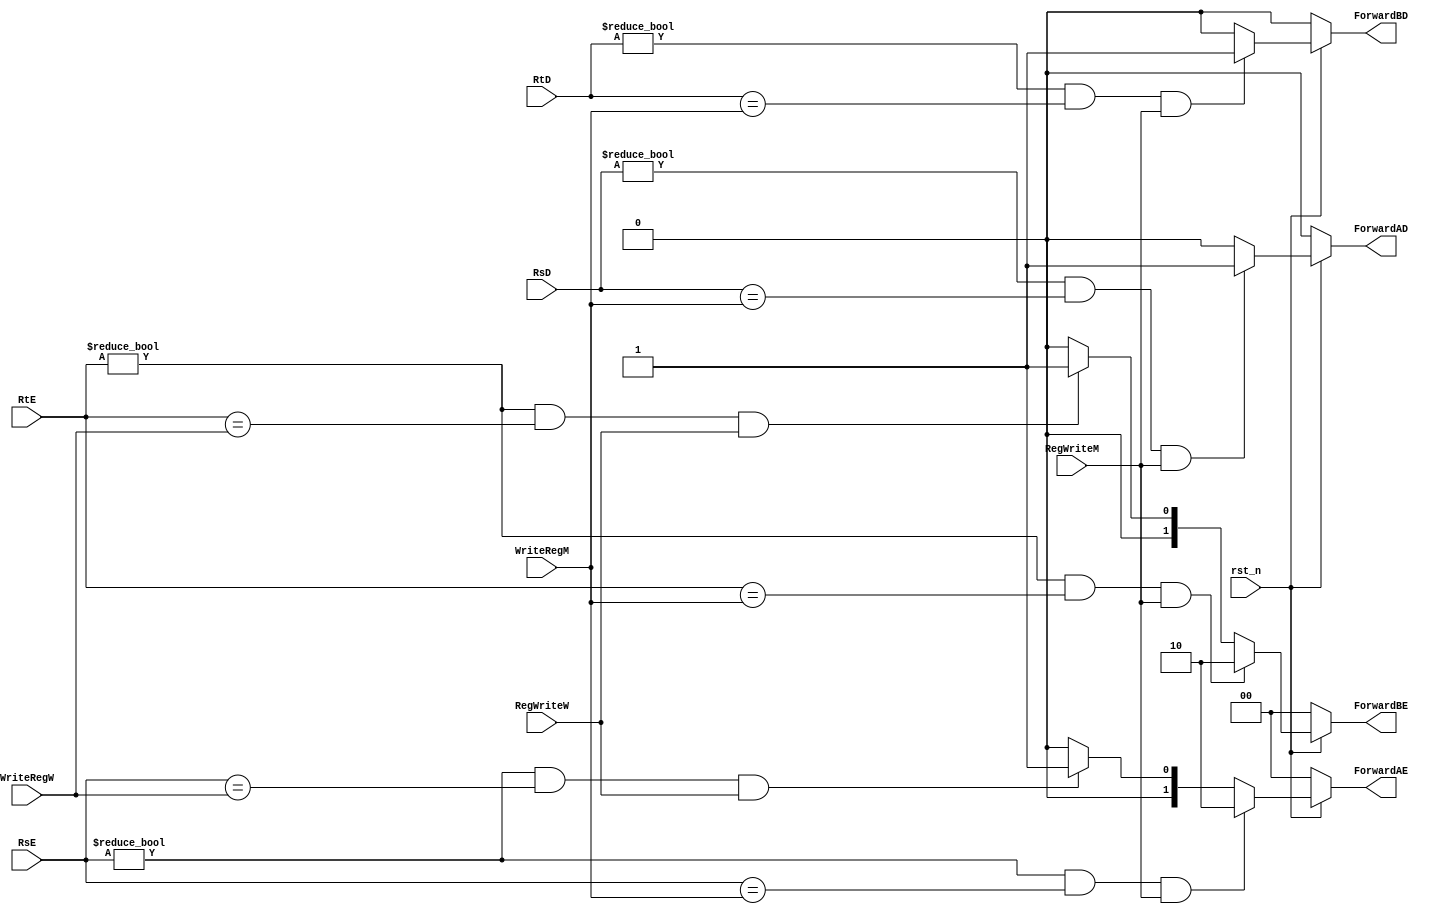
/*

	File name    : Forward_Unit
	LastEditors  : H
	LastEditTime : 2021-11-04 01:08:44
	Last Version : 1.0
	Description  : Handle data hazard (Bypass)
	
	----------------------------------------------------------------------------------------
	
	Author       : H
	Date         : 2021-11-04 01:08:42
	FilePath     : \MIPS_Pipeline\Forward_Unit.v
	Copyright 2021 H, All Rights Reserved. 

*/
module Forward_Unit(
    // System Clock
    input        rst_n,                 // reset

    // User Interface
    input       [4:0]   RsE,            // input is 5 bits
    input       [4:0]   RtE,            // input is 5 bits
    input       [4:0]   RsD,            // input is 5 bits
    input       [4:0]   RtD,            // input is 5 bits
    input       [4:0]   WriteRegM,      // input is 5 bits
    input       [4:0]   WriteRegW,      // input is 5 bits
    input               RegWriteM,
    input               RegWriteW,

    output  reg [1:0]   ForwardAE,      // output is 2 bits
    output  reg [1:0]   ForwardBE,      // output is 2 bits
    output  reg         ForwardAD,
    output  reg         ForwardBD
);
/*******************************************************************************
 *                                 Main Code
*******************************************************************************/

    always @(*) begin
        if (~rst_n) begin
            ForwardAE = 2'b00;
        end
        else begin
            // RsE != Reg0 ($0) : no need to use bypass when RsE is $0
            // RsE == WriteRegM : the hazard is happened in EX/MEM.RegisterRd = ID/EX.RegisterRs
            if ((RsE != 0) && (RsE == WriteRegM) && RegWriteM) begin
                // the first ALU Operand come from last ALU calculate result
                ForwardAE = 2'b10;
            end
            // RsE == WriteRegW : the hazard is happened in MEM/WB.RegisterRd = ID/EX.RegisterRs
            else if ((RsE != 0) && (RsE == WriteRegW) && RegWriteW) begin
                // the first ALU Operand come from last ALU calculate result or Memory data
                ForwardAE = 2'b01;
            end
            else
                ForwardAE = 2'b00;
        end
    end

    always @(*) begin
        if (~rst_n) begin
            ForwardBE = 2'b00;
        end
        else begin
            // RtE != Reg0 ($0) : no need to use bypass when RtE is $0
            // RtE == WriteRegM : the hazard is happened in EX/MEM.RegisterRd = ID/EX.RegisterRt
            if ((RtE != 0) && (RtE == WriteRegM) && RegWriteM) begin
                // the first ALU Operand come from last ALU calculate result
                ForwardBE = 2'b10;
            end
            // RtE == WriteRegW : the hazard is happened in MEM/WB.RegisterRd = ID/EX.RegisterRt
            else if ((RtE != 0) && (RtE == WriteRegW) && RegWriteW) begin
                // the first ALU Operand come from last ALU calculate result or Memory data
                ForwardBE = 2'b01;
            end
            else
                ForwardBE = 2'b00;
        end
    end
    // RegWriteM && (WriteRegM != 0) && (WriteRegM != RsE)

    always @(*) begin
        if (~rst_n) begin
            ForwardAD = 1'b0;
        end
        else if ((RsD != 0) && (RsD == WriteRegM) && RegWriteM) begin
            ForwardAD = 1'b1;
        end
        else begin
            ForwardAD = 1'b0;
        end
    end

    always @(*) begin
        if (~rst_n) begin
            ForwardBD = 1'b0;
        end
        else if ((RtD != 0) && (RtD == WriteRegM) && RegWriteM) begin
            ForwardBD = 1'b1;
        end
        else begin
            ForwardBD = 1'b0;
        end
    end

    // addi Hazard: EX/MEM.RegisterRd = 
endmodule